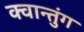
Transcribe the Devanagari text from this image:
क्वान्तुंग